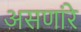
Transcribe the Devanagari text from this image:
असणांरे